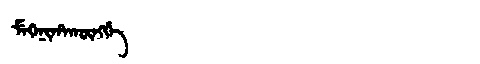
Manchu: ᠮᡝᡴᡝᠨᡳᡥᠠᡴᡡᠩᡤᡝ
Romanization: MEKENIHAKŪNGGE